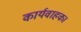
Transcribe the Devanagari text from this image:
कार्यवाहक।